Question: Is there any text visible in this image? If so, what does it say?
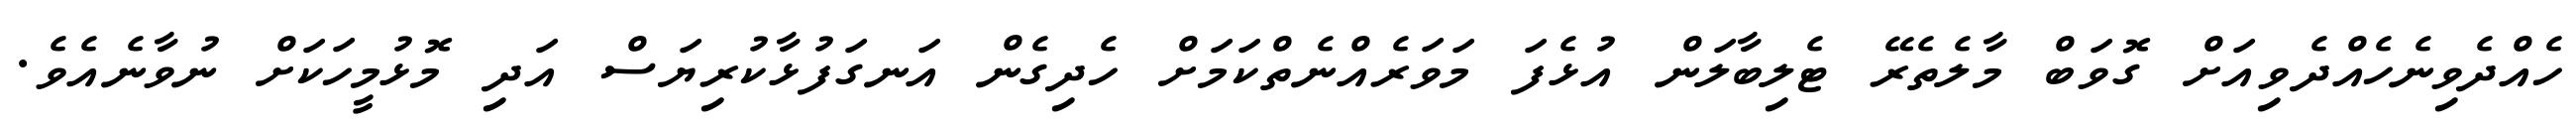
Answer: ހެއްދެވިނެހެއްދެވިއަށް ގޮވަބް މާލެތެރޭ ޓެލިބާލަން އުޅެފަ މަވަރެއްނެތްކަމަށް ހެދިގެން އަނގަފުޅާކުރިޔަސް އަދި މޮޅުމީހަކަށް ނުވާނެއެވެ.